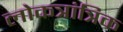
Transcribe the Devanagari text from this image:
लोकत्रांत्रिक